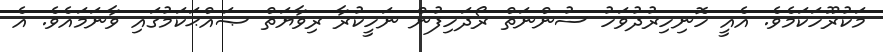
މަކުރޫހަކަމެވެ. އެއީ ހޮނިހިރުދުވަހު ސުންނަތް ރޯދަހިފުން ނަހީކުރާ ރިވާޔަތް ޞައްޙަކަމުގައި ވާނަމައެވެ. އެ